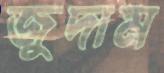
জুদাম